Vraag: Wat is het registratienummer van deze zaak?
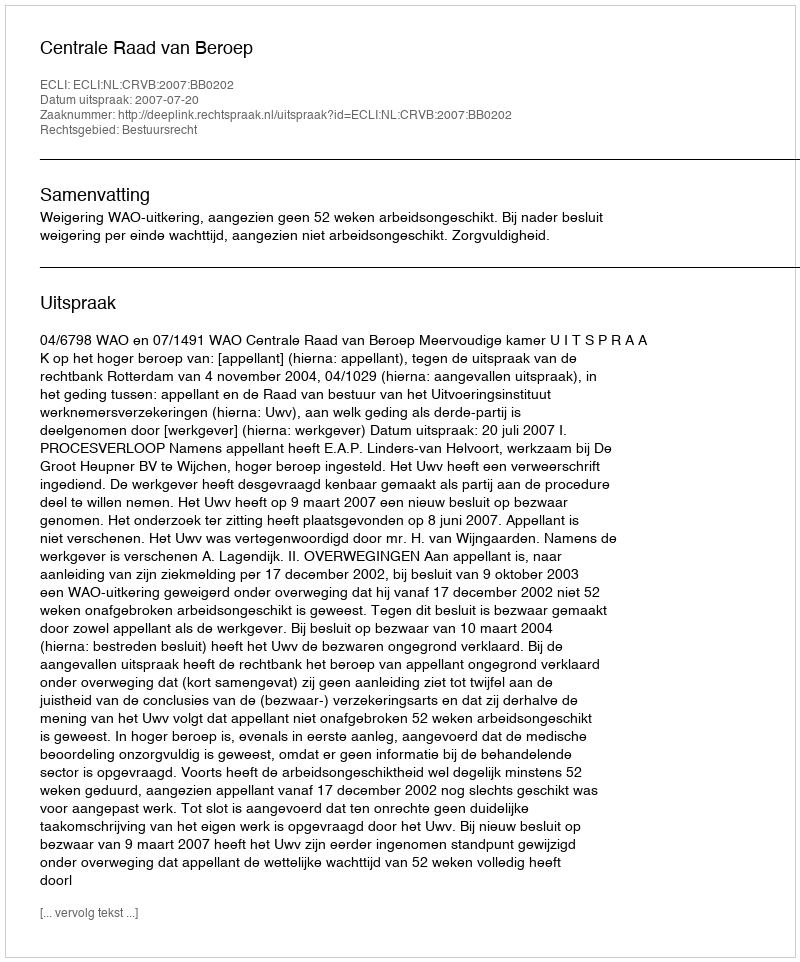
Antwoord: http://deeplink.rechtspraak.nl/uitspraak?id=ECLI:NL:CRVB:2007:BB0202